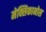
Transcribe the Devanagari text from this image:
मेक्सिकानोस